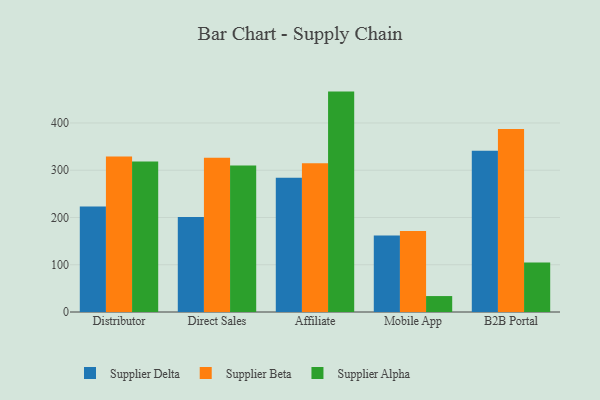
{"axis": {"x": "Channel", "y": "Humidity (%)"}, "legend": ["Supplier Alpha", "Supplier Beta", "Supplier Delta"], "data": [{"x": "Distributor", "y": 223.0, "type": "Supplier Delta"}, {"x": "Distributor", "y": 328.9, "type": "Supplier Beta"}, {"x": "Distributor", "y": 318.3, "type": "Supplier Alpha"}, {"x": "Direct Sales", "y": 200.9, "type": "Supplier Delta"}, {"x": "Direct Sales", "y": 326.6, "type": "Supplier Beta"}, {"x": "Direct Sales", "y": 310.1, "type": "Supplier Alpha"}, {"x": "Affiliate", "y": 284.3, "type": "Supplier Delta"}, {"x": "Affiliate", "y": 314.7, "type": "Supplier Beta"}, {"x": "Affiliate", "y": 466.4, "type": "Supplier Alpha"}, {"x": "Mobile App", "y": 162.1, "type": "Supplier Delta"}, {"x": "Mobile App", "y": 171.5, "type": "Supplier Beta"}, {"x": "Mobile App", "y": 33.7, "type": "Supplier Alpha"}, {"x": "B2B Portal", "y": 341.2, "type": "Supplier Delta"}, {"x": "B2B Portal", "y": 387.5, "type": "Supplier Beta"}, {"x": "B2B Portal", "y": 104.9, "type": "Supplier Alpha"}]}